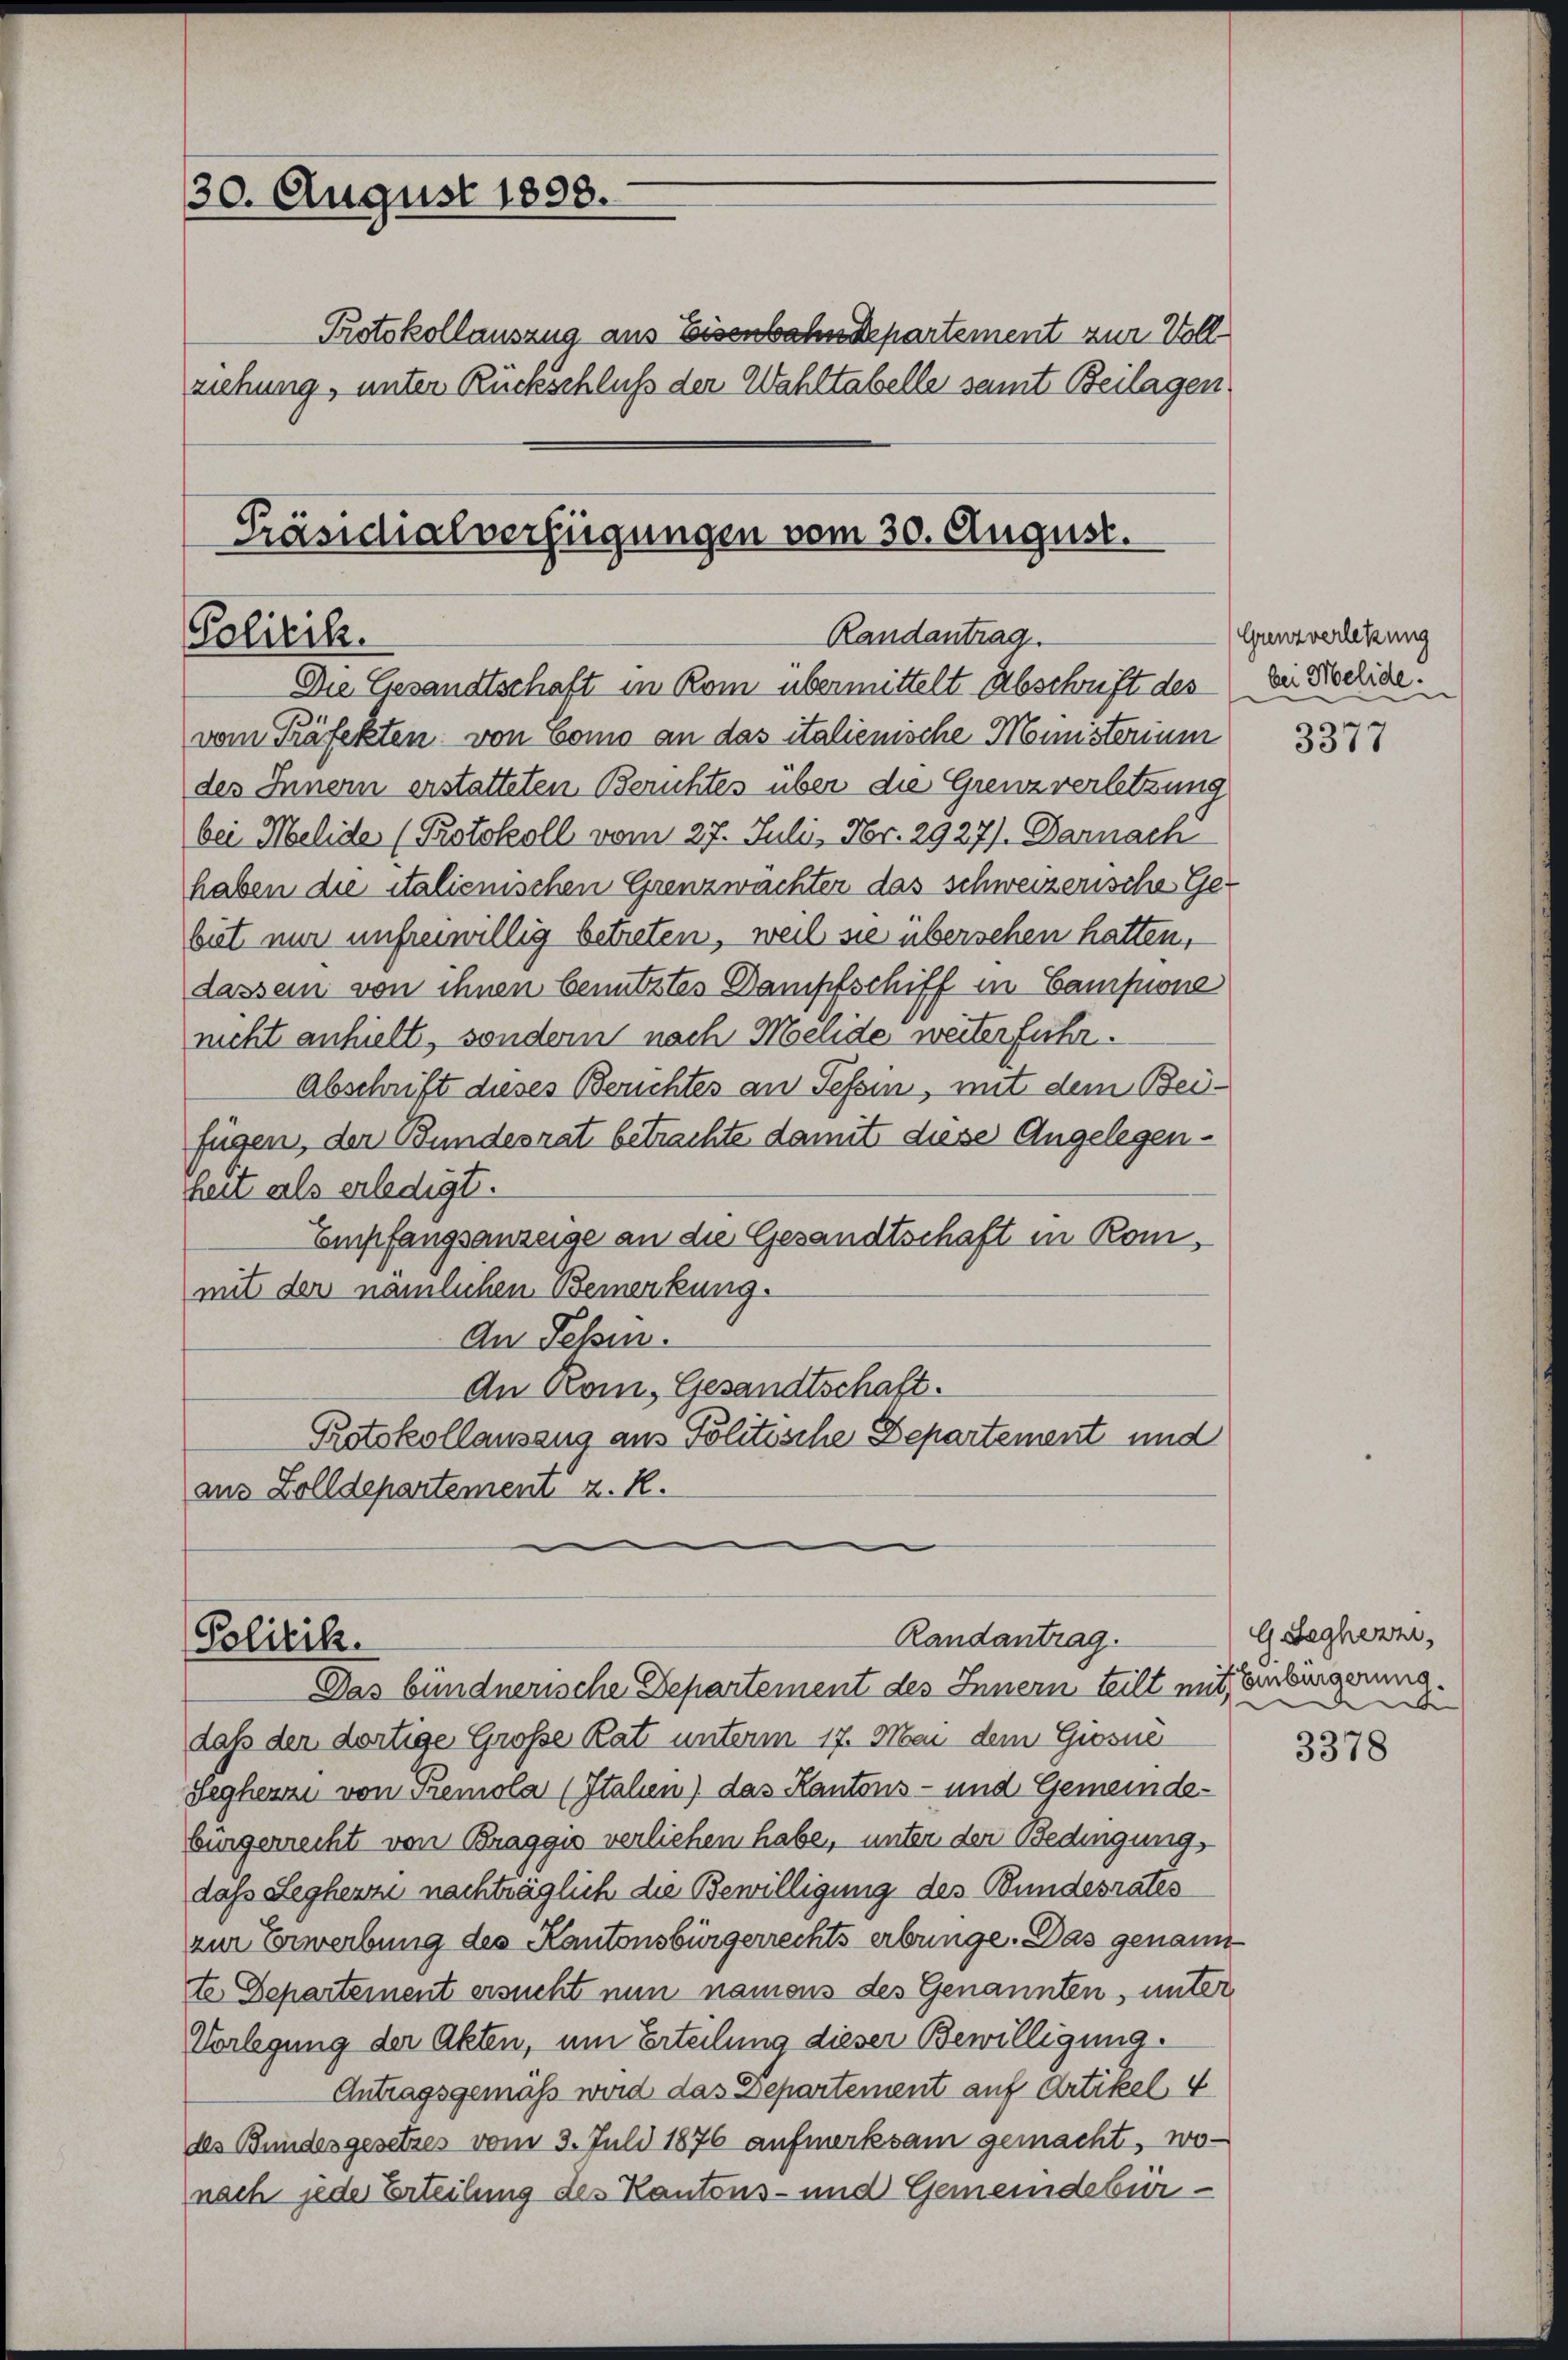
30. August 1898.
Protokollauszug aus Eisenbahndepartement zur Vollziehung, unter Rückschluß der Wahltabelle samt Beilagen

Präsidialverfügungen vom 30. August.
Randantrag
Politik.
Die Gesandtschaft in Rom übermittelt Abschrift des

Randantrag.
Politik.
Das bündnerische Departement des Innern teilt mit Einbürgerung

vom Präfekten von Como an das italienische Ministerium
des Innern erstatteten Berichtes über die Grenz verletzung
bei Melide (Protokoll vom 27. Julii, Nr. 2927). Darnach
haben die italienischen Grenzwüchter das schweizerische Ge-
biet nur unfreiwillig betreten, weil sie übersehen hatten,
dassem von ihnen benutztes Dampfschiff in Campone
nicht anhielt, sondern nach Melide weiterführ
Abschrift dieses Berichtes an Tessin, mit dem Beifügen, der Bundesrat betrachte damit diese Angelegenheit als erledigt.
Empfangsanzeige an die Gesandtschaft in Kommit der nämlichen Bemerkung.
An Tessin.
An Rom, Gesandtschaft.
Protokollauszug aus Politische Departement und
aus Zolldepartement z. R.

Grenzverletzung
bei Melide!

daß der dortige Große Rat unterm 17. Mai dem Grosse
Seghenni von Tremola (Italen) das Kantons- und Gemeinde-
bürgerrecht von Braggio verliehen habe, unter den Bedingung,
dass Leghenze nachträglich die Bewilligung des Bundesrates
zur Erwerbung des Kantonsbürgerrechts erbringe. Das genann
te Departement ersucht nun namens des Genannten, unter
Vorlegung der Akten, um Erteilung dieser Bewilligung
Antragsgemäß wird das Departement auf Artikel, 4
des Bundesgesetzes vom 3. Juli 1876 aufmerksam gemacht, wo-
nach jede Erteilung des Kantons- und Gemeindebür¬

3377

G.Seghezzi,
De

3378